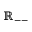
\mathbb { R } _ { -- }